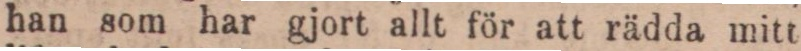
han som har gjort allt för att rädda mitt